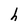
Character: h